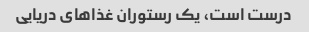
درست است، یک رستوران غذاهای دریایی